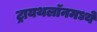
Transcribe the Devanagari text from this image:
ट्रायथलॉनमध्ये